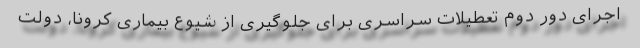
اجرای دور دوم تعطیلات سراسری برای جلوگیری از شیوع بیماری کرونا، دولت